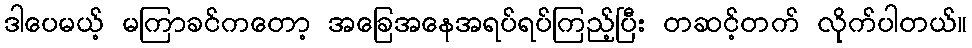
ဒါပေမယ့် မကြာခင်ကတော့ အခြေအနေအရပ်ရပ်ကြည့်ပြီး တဆင့်တက် လိုက်ပါတယ်။